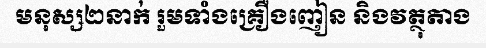
មនុស្ស២នាក់ រួមទាំងគ្រឿងញៀន និងវត្ថុតាង